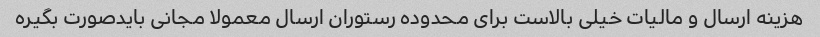
هزینه ارسال و مالیات خیلی بالاست برای محدوده رستوران ارسال معمولا مجانی بایدصورت بگیره